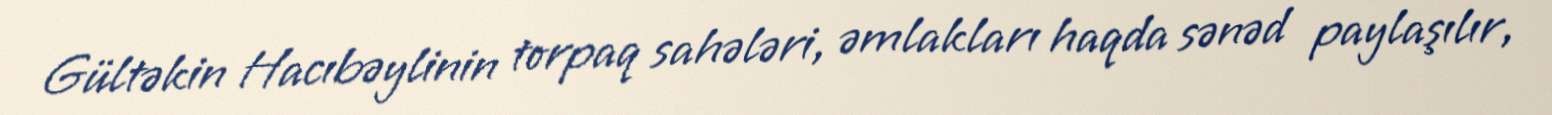
Gültəkin Hacıbəylinin torpaq sahələri, əmlakları haqda sənəd paylaşılır,